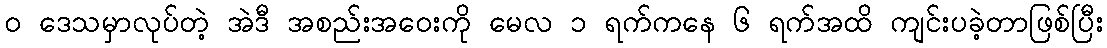
၀ ဒေသမှာလုပ်တဲ့ အဲဒီ အစည်းအဝေးကို မေလ ၁ ရက်ကနေ ၆ ရက်အထိ ကျင်းပခဲ့တာဖြစ်ပြီး